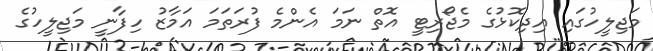
މަޖިލީހުގައި އިދިކޮޅުގެ މެޖޯރިޓީ އޮތް ނަމަ އެންމެ ފުރަތަމަ އަމާޒު ހިފާނީ މަޖިލީހުގެ